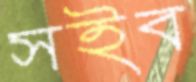
সইব